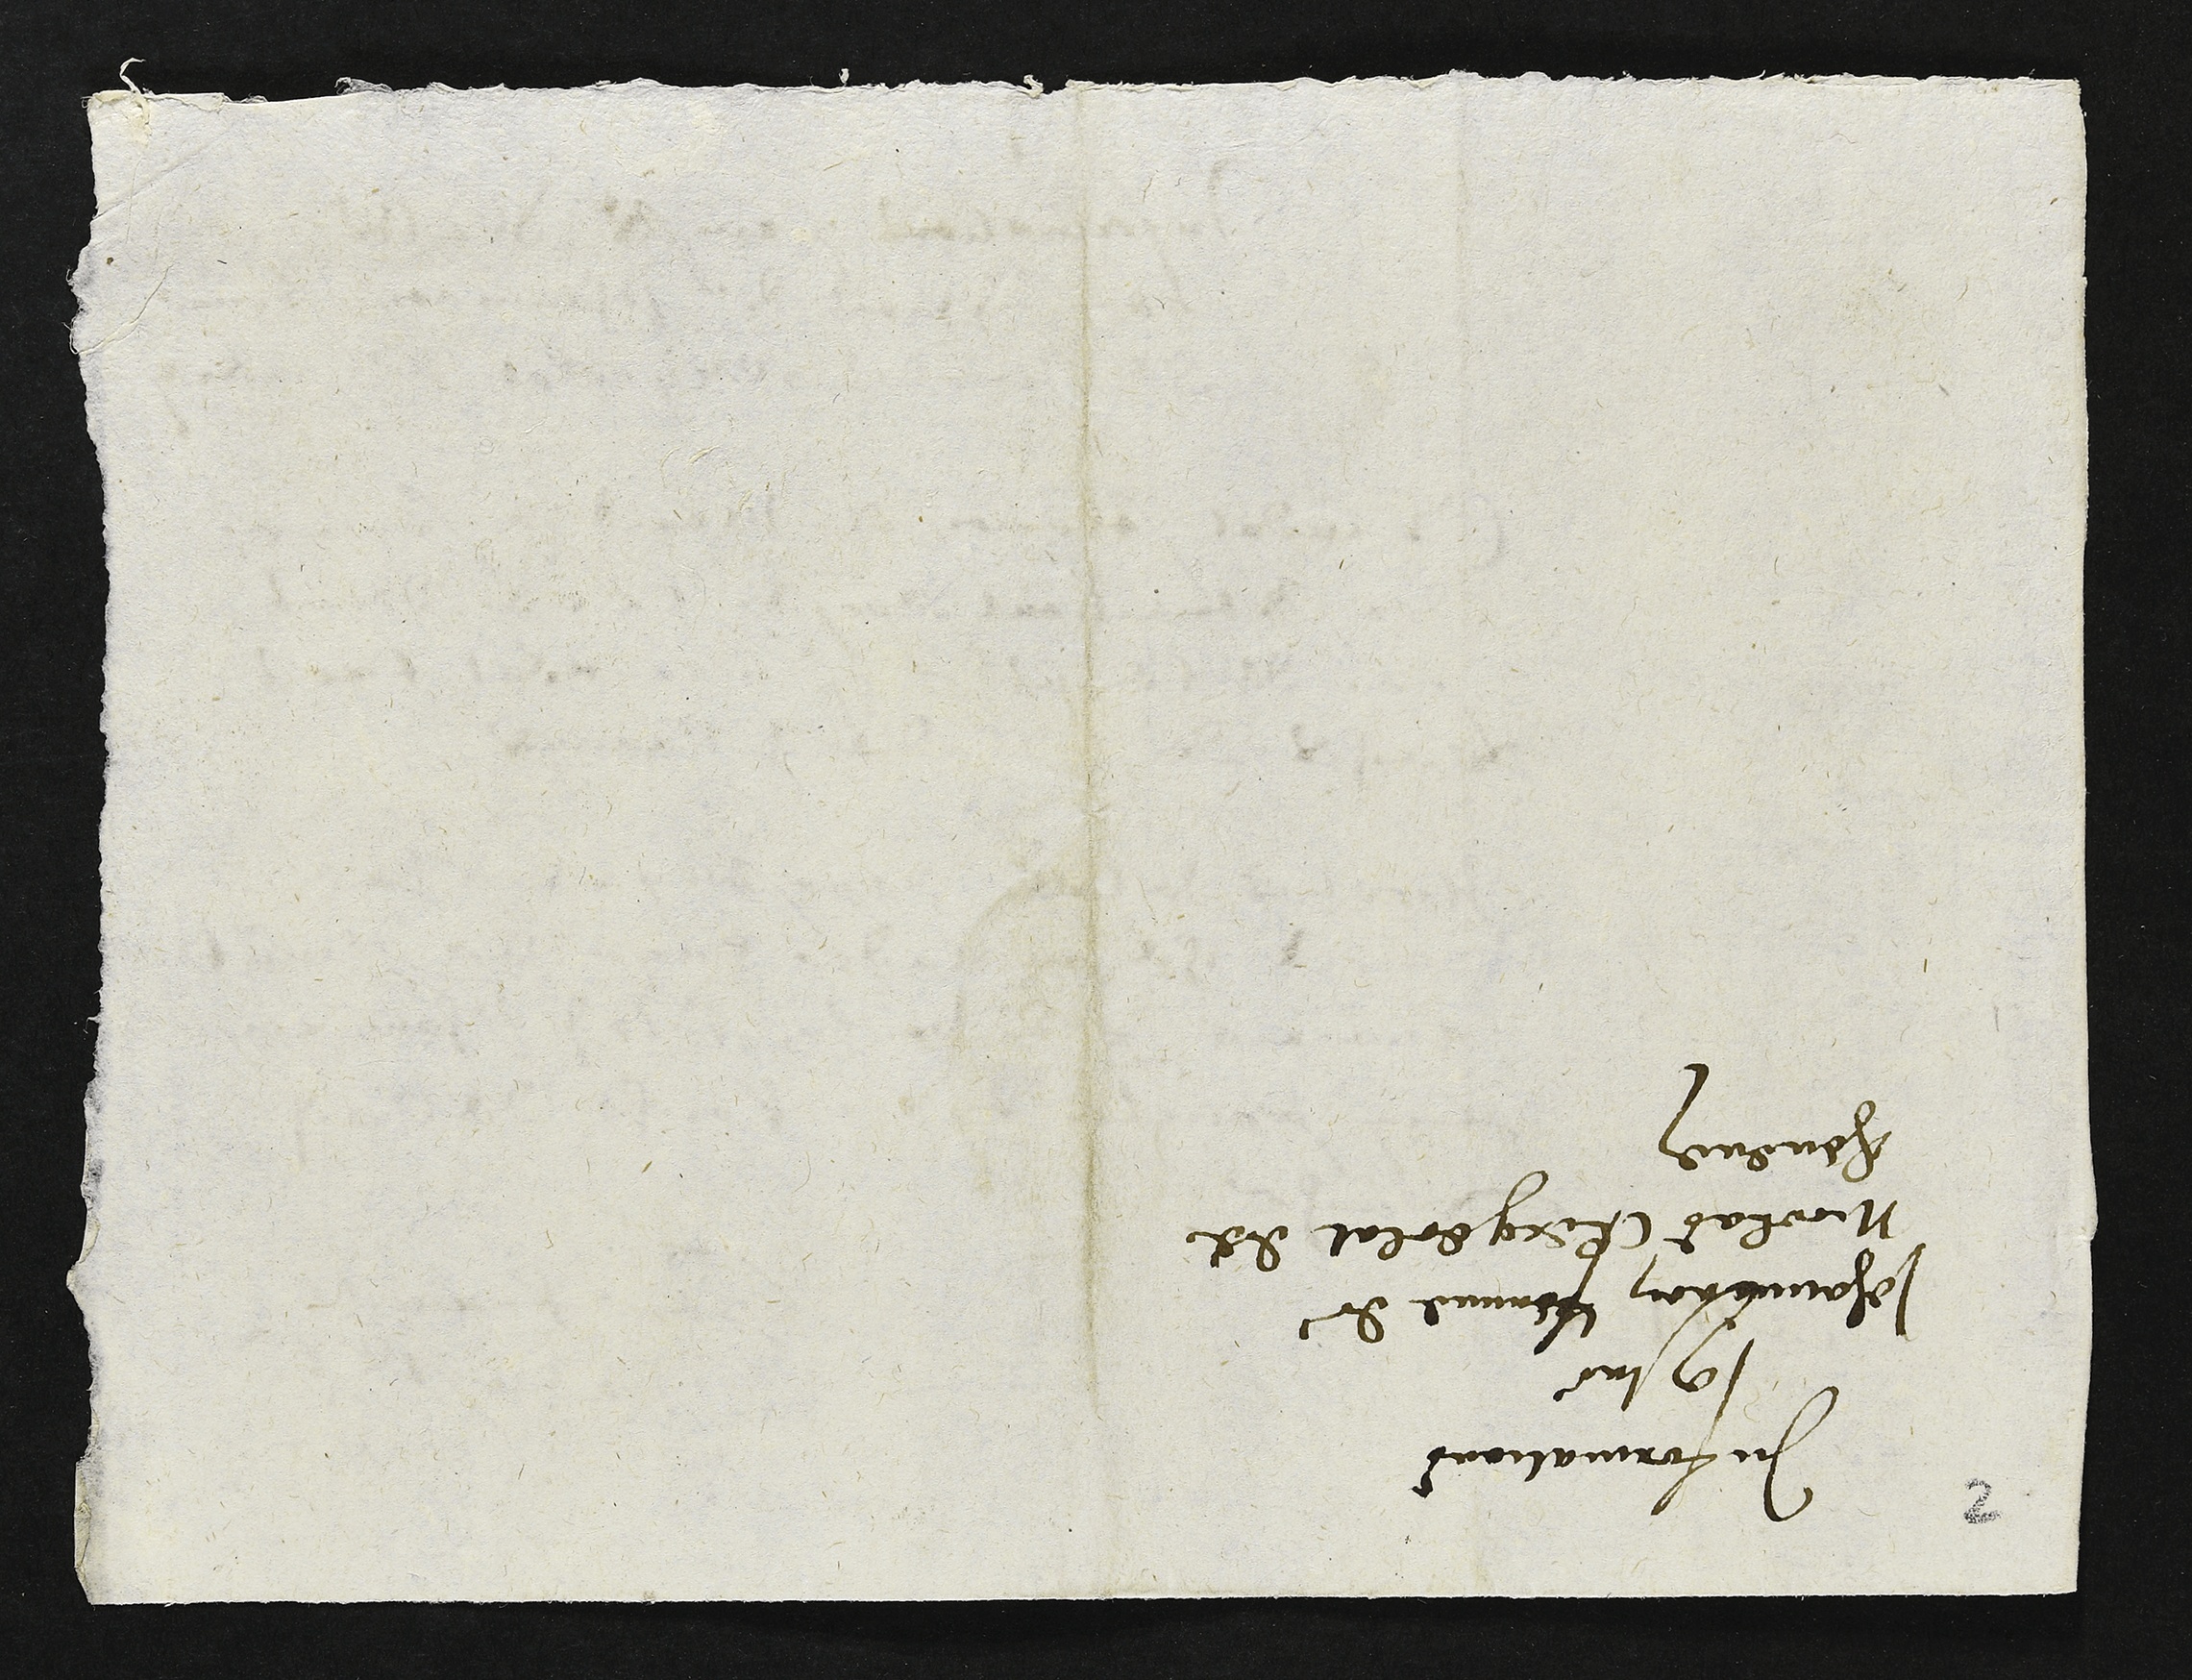
Informations
contre
Jehanniron femme de
Nicolas Cergeolat de
chevenez